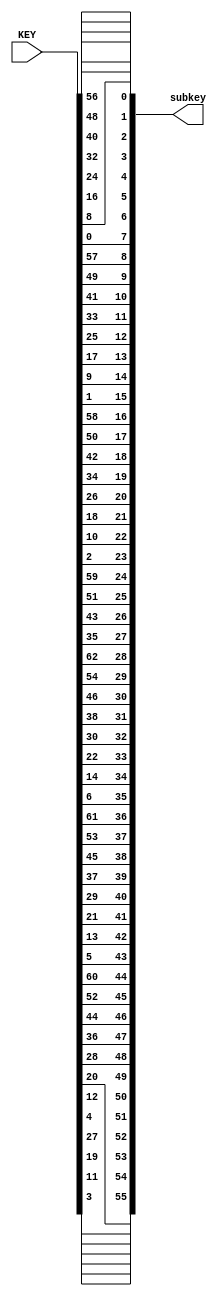
//perm1.v
//Permutation Choice 1 for Round Key Generator
//Parity drop for keygen

module perm1(subkey, KEY);
input wire [63:0] KEY;
output [55:0] subkey;

/* PC-1
57 49 41 33 25 17 9
1 58 50 42 34 26 18
10 2 59 51 43 35 27
19 11 3 60 52 44 36
63 55 47 39 31 23 15
7 62 54 46 38 30 22
14 6 61 53 45 37 29
21 13 5 28 20 12 4 */

//57 49 41 33 25 17 9  /*remember to subtract one so indicies are right*/
assign subkey[0]= KEY [56];
assign subkey[1]= KEY [48];
assign subkey[2]= KEY [40];
assign subkey[3]= KEY [32];
assign subkey[4]= KEY [24];
assign subkey[5]= KEY [16];
assign subkey[6]= KEY [8];

//1 58 50 42 34 26 18
assign subkey[7]= KEY [0];
assign subkey[8]= KEY [57];
assign subkey[9]= KEY [49];
assign subkey[10]= KEY [41];
assign subkey[11]= KEY [33];
assign subkey[12]= KEY [25];
assign subkey[13]= KEY [17];

//10 2 59 51 43 35 27
assign subkey[14]= KEY [9];
assign subkey[15]= KEY [1];
assign subkey[16]= KEY [58];
assign subkey[17]= KEY [50];
assign subkey[18]= KEY [42];
assign subkey[19]= KEY [34];
assign subkey[20]= KEY [26];

//19 11 3 60 52 44 36
assign subkey[21]= KEY [18];
assign subkey[22]= KEY [10];
assign subkey[23]= KEY [2];
assign subkey[24]= KEY [59];
assign subkey[25]= KEY [51];
assign subkey[26]= KEY [43];
assign subkey[27]= KEY [35];

//63 55 47 39 31 23 15
assign subkey[28]= KEY [62];
assign subkey[29]= KEY [54];
assign subkey[30]= KEY [46];
assign subkey[31]= KEY [38];
assign subkey[32]= KEY [30];
assign subkey[33]= KEY [22];
assign subkey[34]= KEY [14];

//7 62 54 46 38 30 22
assign subkey[35]= KEY [6];
assign subkey[36]= KEY [61];
assign subkey[37]= KEY [53];
assign subkey[38]= KEY [45];
assign subkey[39]= KEY [37];
assign subkey[40]= KEY [29];
assign subkey[41]= KEY [21];

//14 6 61 53 45 37 29
assign subkey[42]= KEY [13];
assign subkey[43]= KEY [5];
assign subkey[44]= KEY [60];
assign subkey[45]= KEY [52];
assign subkey[46]= KEY [44];
assign subkey[47]= KEY [36];
assign subkey[48]= KEY [28];

//21 13 5 28 20 12 4 
assign subkey[49]= KEY [20];
assign subkey[50]= KEY [12];
assign subkey[51]= KEY [4];
assign subkey[52]= KEY [27];
assign subkey[53]= KEY [19];
assign subkey[54]= KEY [11];
assign subkey[55]= KEY [3];

endmodule